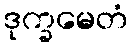
ဒုက္ခမေတံ